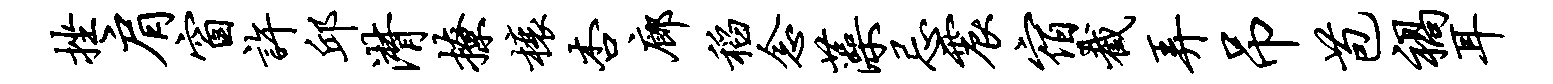
挫肩窗许邱潸撩榱杏廊稻念藻忌震宿截弄吊苞祸耳